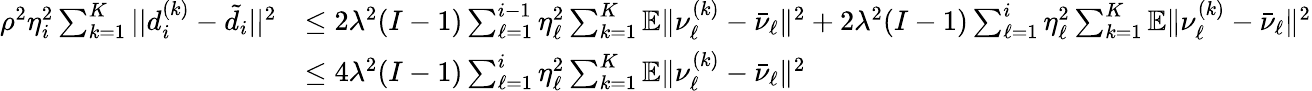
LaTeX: \begin{array}{rl}{\rho^{2}\eta_{i}^{2}\sum_{k=1}^{K}||d_{i}^{(k)}-\tilde{d}_{i}||^{2}}&{\leq{2\lambda^{2}(I-1)}\sum_{\ell=1}^{i-1}\eta_{\ell}^{2}\sum_{k=1}^{K}\mathbb{E}\| \nu_{\ell}^{(k)}-\bar{\nu}_{\ell}\| ^{2}+{2\lambda^{2}(I-1)}\sum_{\ell=1}^{i}\eta_{\ell}^{2}\sum_{k=1}^{K}\mathbb{E}\| \nu_{\ell}^{(k)}-\bar{\nu}_{\ell}\| ^{2}}\\ &{\leq{4\lambda^{2}(I-1)}\sum_{\ell=1}^{i}\eta_{\ell}^{2}\sum_{k=1}^{K}\mathbb{E}\| \nu_{\ell}^{(k)}-\bar{\nu}_{\ell}\| ^{2}}\end{array}